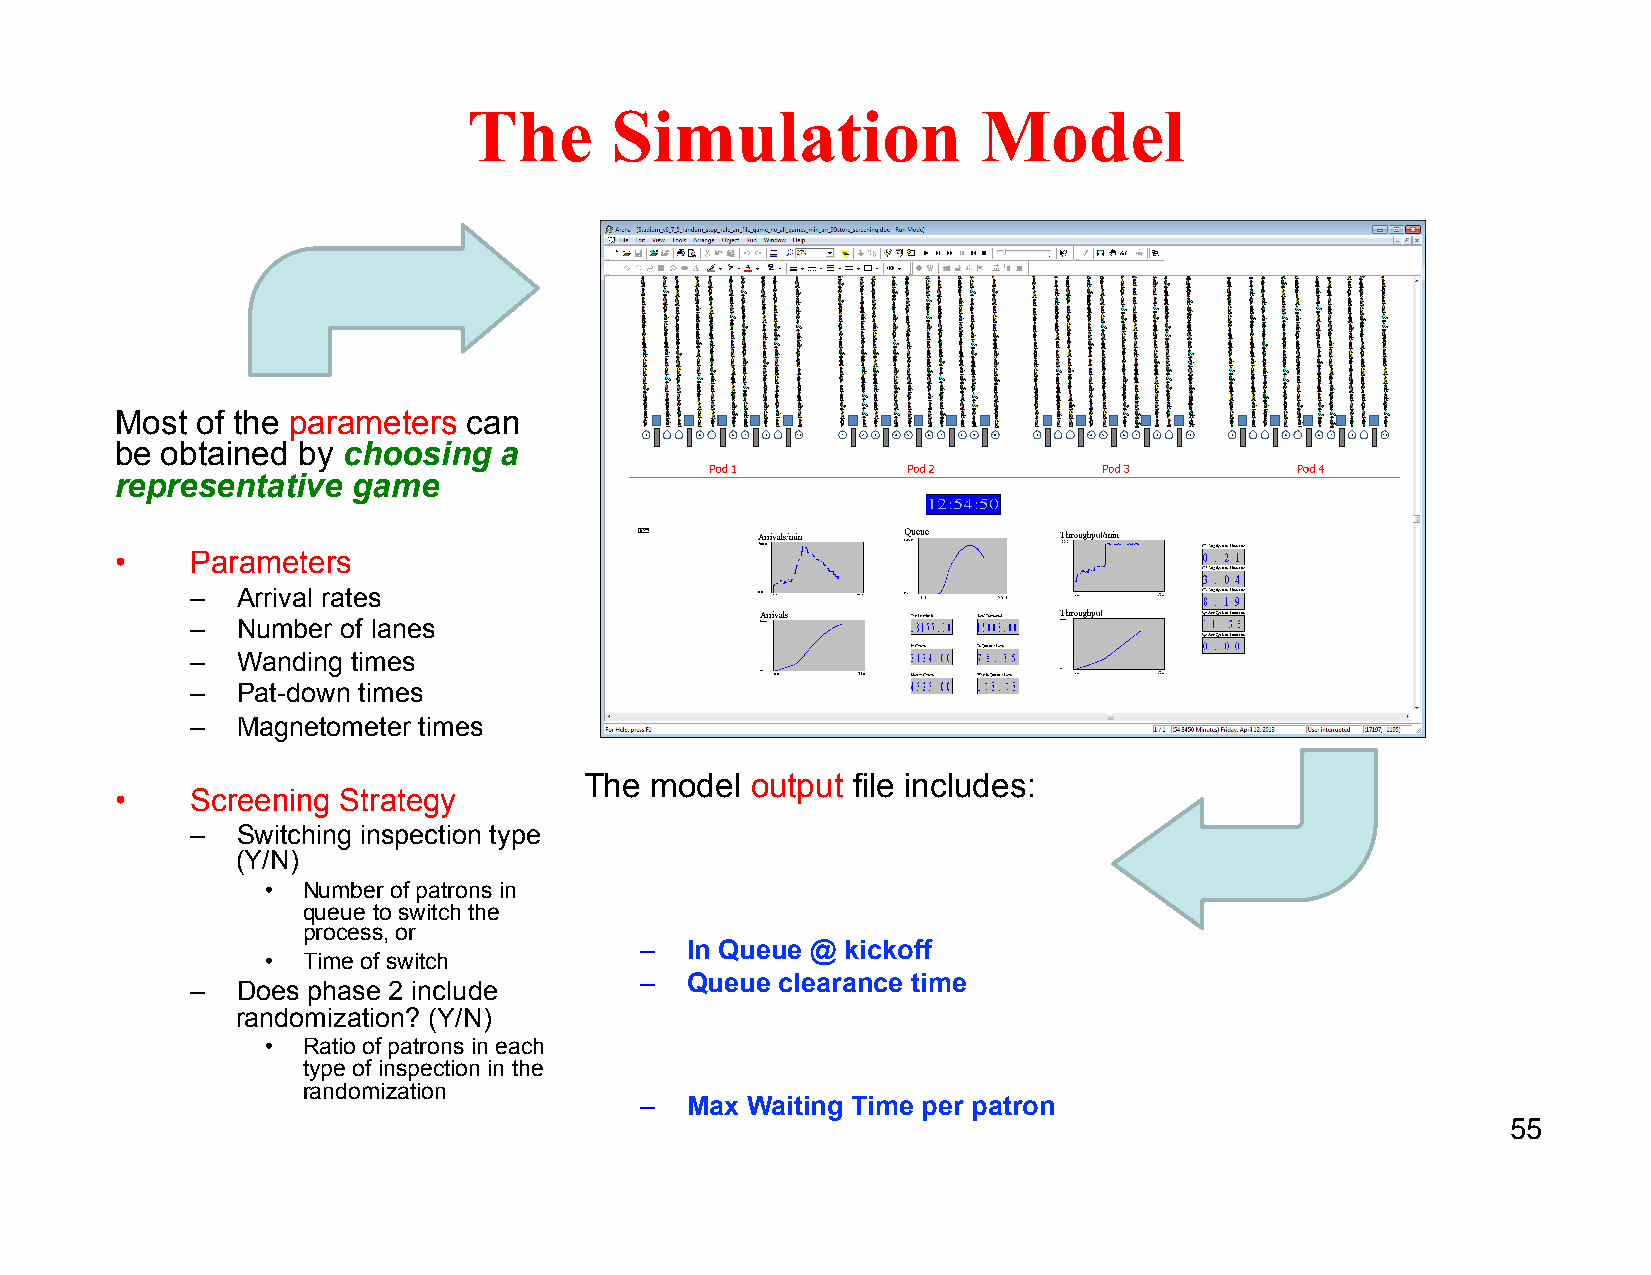
The      Simulation               Model
 Most of the parameters can
 be obtained by choosing  a
 representative game
 •    Parameters
 –  Arrival rates
 –  Number of lanes
 –  Wanding times
 –  Pat-down times
 –  Magnetometer times
 The model  output file includes:
 •    Screening Strategy
 –  Switching inspection type
 –  Total Arrivals
 (Y/N)
 –  Total Arrivals @ kickoff
 • Number of patrons in
 queue to switch the   –  Maximum  number in Queue
 process, or
 –  In Queue @ kickoff
 • Time of switch
 –  Queue  clearance time
 –  Does phase 2 include
 randomization? (Y/N)      –  Screening switch time
 • Ratio of patrons in each – Number of patrons inspected by different
 type of inspection in the procedures
 randomization
 –  Max Waiting Time per patron
 55